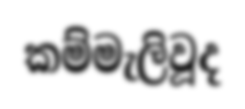
කම්මැලිවූද